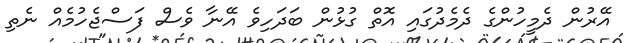
އޭރުން ދެމީހުންގެ ދެމެދުގައި އޮތް ގުޅުން ބަދަހިވެ އޭނާ ވެސް ފަސްޖެހުމެއް ނެތި